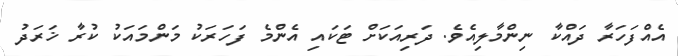
އެއްފަހަރާ ދައްކާ ނިންމާލިއެވެ. ދަރިއަކަށް ޓަކައި އެންމެ ފަހަރަކު މަންމައަކު ކުރާ ޚަރަދު